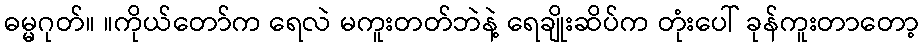
ဓမ္မဂုတ်။ ။ကိုယ်တော်က ရေလဲ မကူးတတ်ဘဲနဲ့ ရေချိုးဆိပ်က တုံးပေါ် ခုန်ကူးတာတော့